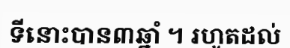
ទីនោះបាន៣ឆ្នាំ ។ រហូតដល់